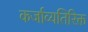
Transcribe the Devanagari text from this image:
कर्जाव्यतिरिक्त